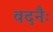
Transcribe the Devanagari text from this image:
वदनैः